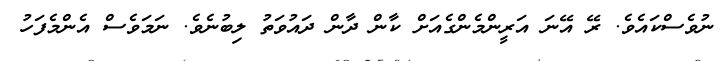
ނުވެސްކައެވެ. ރޭ އޭނަ އަރީންމެންގެއަށް ކާން ދާން ދައުވަތު ލިބުނެވެ. ނަމަވެސް އެންމެފަހު